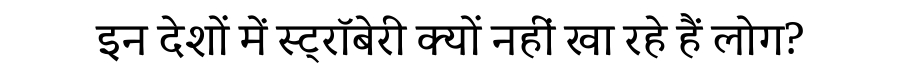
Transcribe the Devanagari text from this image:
इन देशों में स्ट्रॉबेरी क्यों नहीं खा रहे हैं लोग?